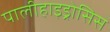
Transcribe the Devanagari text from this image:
पालीहाइड्रोसिस